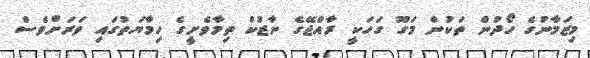
މިޒަމާނުގެ ހޯދުން ތަކުން މަގޫ ގަހަކީ ރާއްޖޭގެ ނާޒުކް ތިމާވެށީގެ ހިމާޔަތުގައި ވަރަށްވެސް